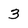
Character: 3